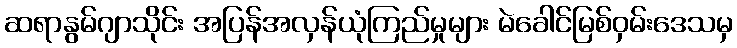
ဆရာနွမ်ဂျာသိုင်း အပြန်အလှန်ယုံကြည်မှုများ မဲခေါင်မြစ်ဝှမ်းဒေသမှ